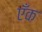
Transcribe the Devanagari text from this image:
एँक